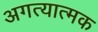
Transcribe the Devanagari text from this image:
अगत्यात्मक